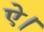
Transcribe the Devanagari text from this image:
ऐ।